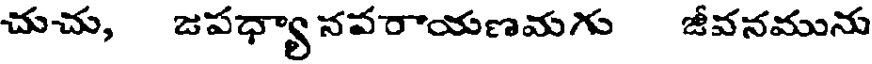
చుచు, జపధ్యా నవరాయణమగు జీవనమును